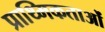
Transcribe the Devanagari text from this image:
प्राथ्मिकताओं